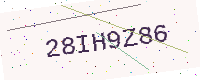
Text: 28IH9Z86